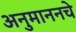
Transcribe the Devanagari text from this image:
अनुमाननचे